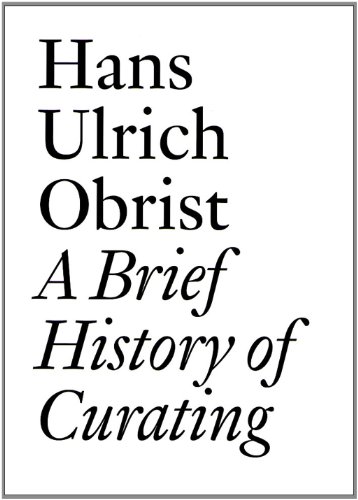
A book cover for A Brief History of Curating (Documents); Lucy Lippard; Arts & Photography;